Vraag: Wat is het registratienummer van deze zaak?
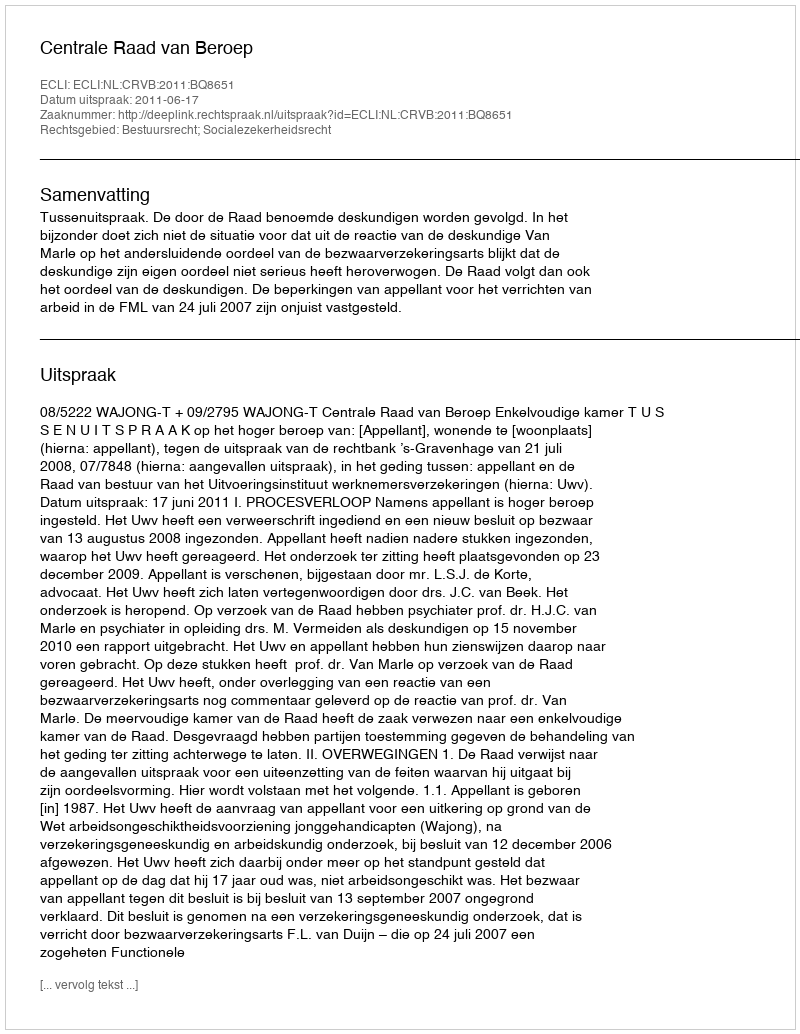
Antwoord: http://deeplink.rechtspraak.nl/uitspraak?id=ECLI:NL:CRVB:2011:BQ8651